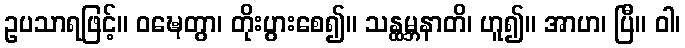
ဥပသာရဖြင့်။ ဝဍ္ဎေတွာ၊ တိုးပွားစေ၍။ သန္ထမ္ဘနာတိ၊ ဟူ၍။ အာဟ၊ ပြီ။ ဝါ၊